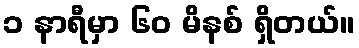
၁ နာရီမှာ ၆၀ မိနစ် ရှိတယ်။